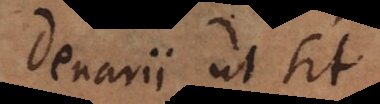
denarii ut sit